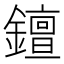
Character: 𨭖